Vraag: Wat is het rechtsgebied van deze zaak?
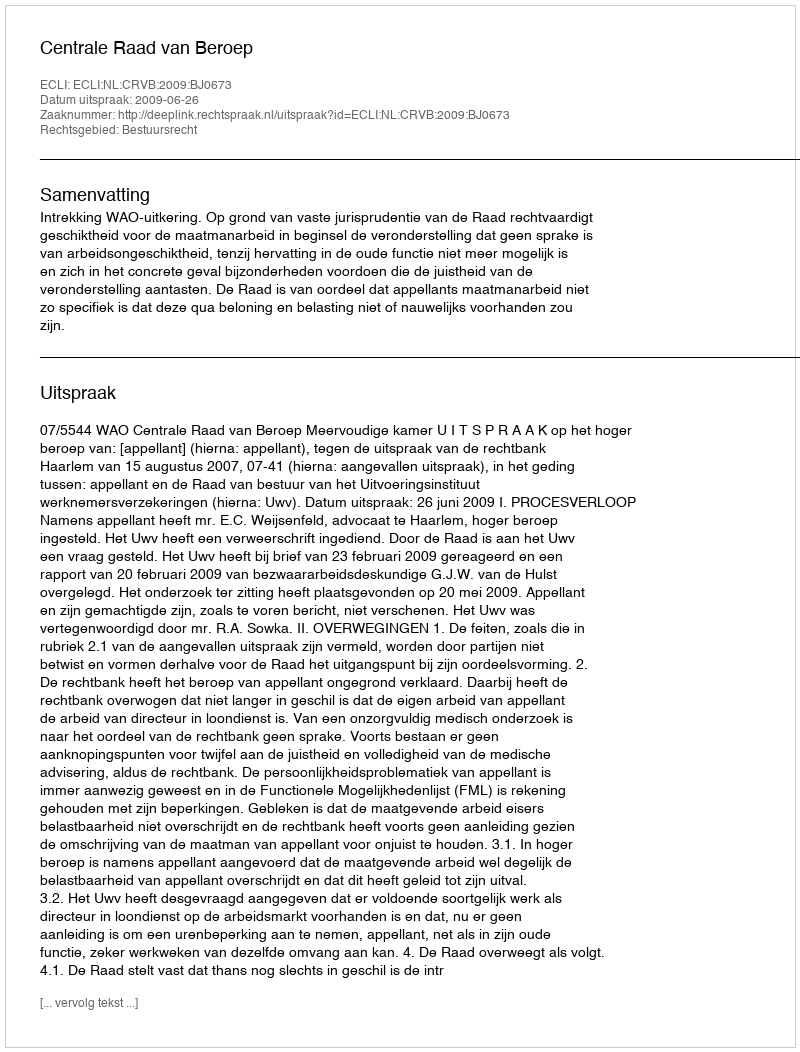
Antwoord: Bestuursrecht